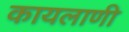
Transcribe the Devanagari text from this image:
कायलाणी